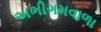
અભીગમવાળા